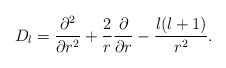
\begin{align*}D_l={\partial^2\over\partial r^2}+{2\over r}{\partial\over\partial r}-{l(l+1)\over r^2}.\end{align*}